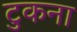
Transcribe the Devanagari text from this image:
टुकना